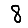
Digit: 8